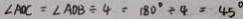
\angle A O C = \angle A D B \div 4 = 1 8 0 ^ { \circ } \div 4 = 4 5 ^ { \circ }